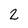
Character: 2